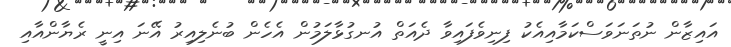
އައިޒާން ނުތަނަވަސްކަމާއިއެކު ފިނިވެފައިވާ ދެއަތް އުނގުޅާލަމުން އެހެން ބުނެލިއިރު އޭނަ އިނީ ރެޔާންއާއި